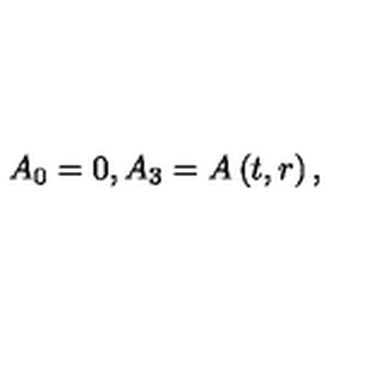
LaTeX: A _ { 0 } = 0 , A _ { 3 } = A \left( t , r \right) ,